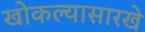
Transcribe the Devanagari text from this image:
खोकल्यासारखे